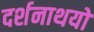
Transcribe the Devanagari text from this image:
दर्शनाथयों